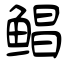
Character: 鲳